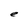
Character: e